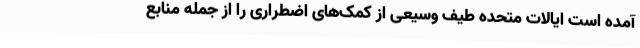
آمده است ایالات متحده طیف وسیعی از کمک‌های اضطراری را از جمله منابع